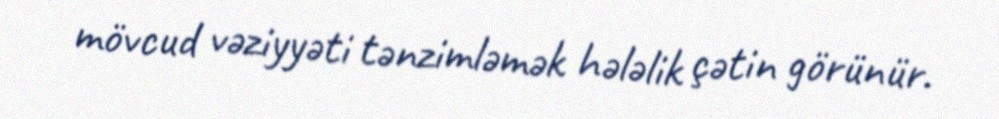
mövcud vəziyyəti tənzimləmək hələlik çətin görünür.